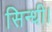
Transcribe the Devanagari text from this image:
सिन्धी।